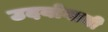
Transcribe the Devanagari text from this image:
उदयोगाची